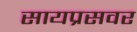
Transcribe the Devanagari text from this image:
सायप्रसवर